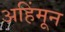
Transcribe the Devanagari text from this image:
अहिंमून